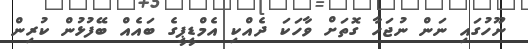
ނޫހުގައި ނަން ނުޖަހާ ގޮތަށް ވާހަކަ ދެއްކި އެމްޑީޕީގެ ބައެއް ބޭފުޅުން ކުރިން